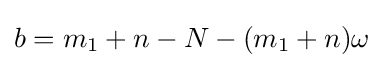
b=m_{1}+n-N-(m_{1}+n)\omega